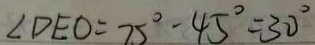
\angle D E O = 7 5 ^ { \circ } - 4 5 ^ { \circ } = 3 0 ^ { \circ }